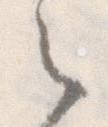
之